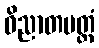
ဝိညာတမတ္တံ